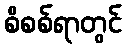
စိစစ်ရာတွင်